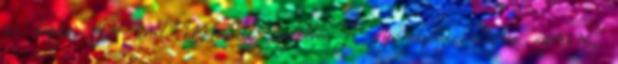
is kapja. De mit kérhetett cserébe. A gyerekpszichológus szerint,